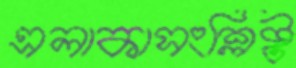
এলাকাসংশ্লিষ্ট